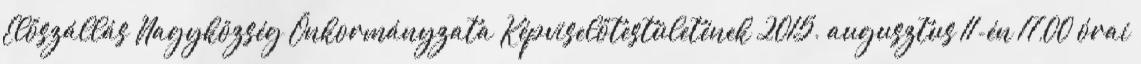
Előszállás Nagyközség Önkormányzata Képviselőtestületének 2015. augusztus 11-én 17,00 órai